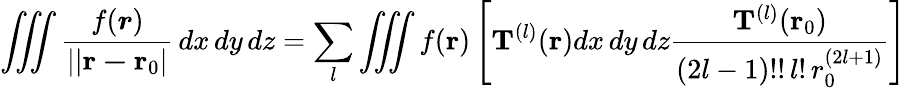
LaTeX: \iiint{\frac{f({\boldsymbol{r}})}{\left||\mathbf{r-r}{_{0}}\right|}}\, dx\, dy\, dz=\sum_{l}\iiint f(\mathbf{r})\left[\mathbf{T}^{(l)}(\mathbf{r})dx\, dy\, dz{\frac{\mathbf{T}^{(l)}(\mathbf{r}_{0})}{(2l-1)!!\, l!\, r_{0}^{(2l+1)}}}\right]